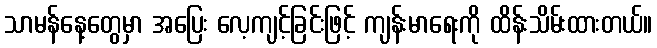
သာမန်နေ့တွေမှာ အပြေး လေ့ကျင့်ခြင်းဖြင့် ကျန်းမာရေးကို ထိန်းသိမ်းထားတယ်။